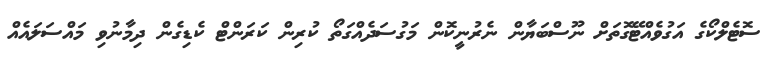
ސޮޓެލްކޯގެ އަގުވެއްޓޭގޮތަށް ނޫސްބަޔާން ނެރުނީކޮން މަގުސަދެއްގަތޯ ކުރިން ކަރަންޓް ކެޑިގެން ދިމާނުވި މައްސަލައެއް